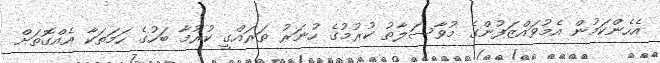
އެހެންކަމުން އެމުވައްޒަފުންގެ މުވާސަލާތު ކުރުމުގެ ހުނަރު ތަރައްގީ ކުރުމާ ބަހުގެ ހަމަތަކާ އެއްގޮތަށް